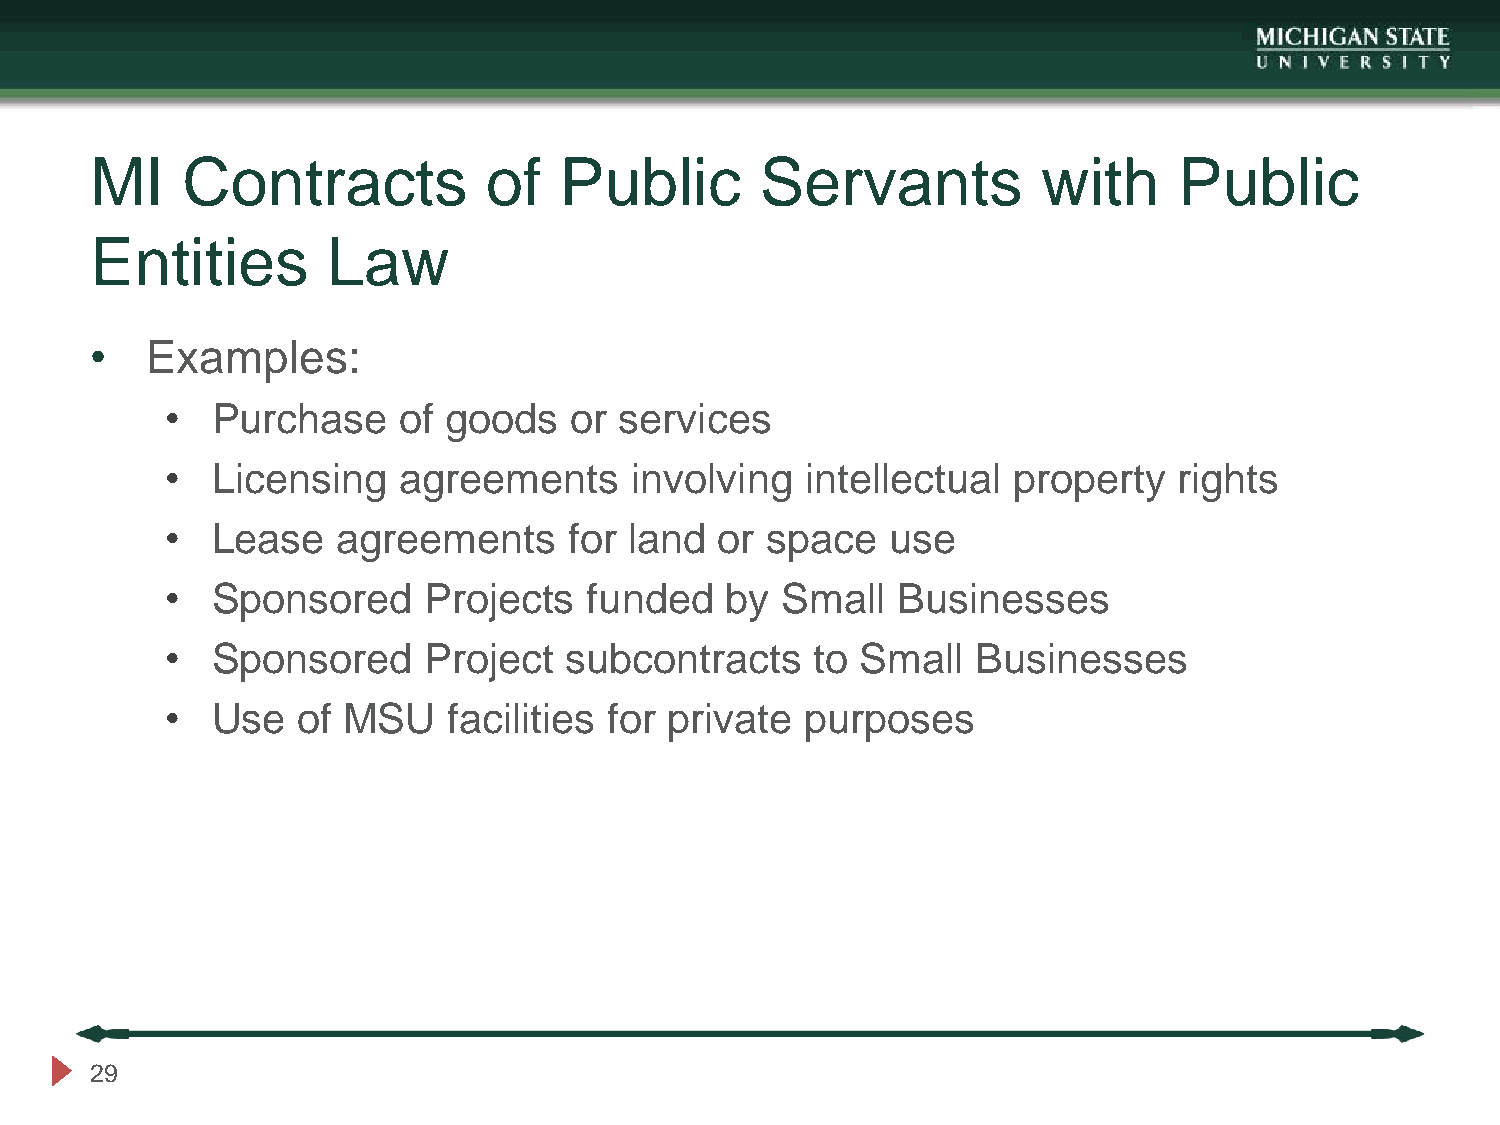
MI    Contracts           of   Public       Servants           with     Public
 Entities        Law
 •   Examples:
 •  Purchase    of goods    or services
 •  Licensing   agreements      involving  intellectual  property   rights
 •  Lease   agreements      for land  or space   use
 •  Sponsored     Projects   funded   by  Small  Businesses
 •  Sponsored     Project  subcontracts     to Small   Businesses
 •  Use   of MSU    facilities for private purposes
 29